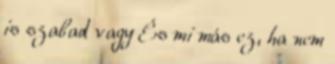
is szabad vagy És mi más ez, ha nem